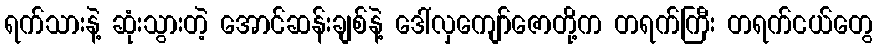
ရက်သားနဲ့ ဆုံးသွားတဲ့ အောင်ဆန်းချစ်နဲ့ ဒေါ်လှကျော်ဇောတို့က တရက်ကြီး တရက်ငယ်တွေ